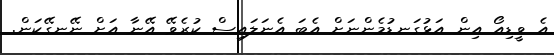
އެ ވީޑިއޯ އިން އަޅުގަނޑުމެންނަށް އެބަ އެނަލައިސް ކުރެވޭ އޭނާ އަށް ނޭނގޭކަން.